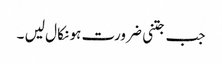
جب جتنی ضرورت ہو نکا ل لیں ۔